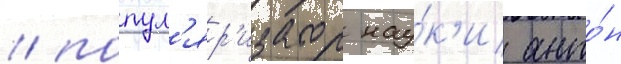
/ попул'яр'изатор нау́к'и анто́н